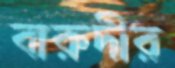
বারুদীর